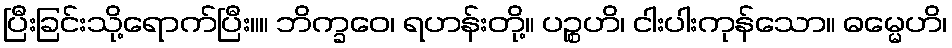
ပြီးခြင်းသို့ရောက်ပြီး။။ ဘိက္ခဝေ၊ ရဟန်းတို့။ ပဉ္စဟိ၊ ငါးပါးကုန်သော။ ဓမ္မေဟိ၊